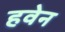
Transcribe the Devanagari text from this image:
हवेन